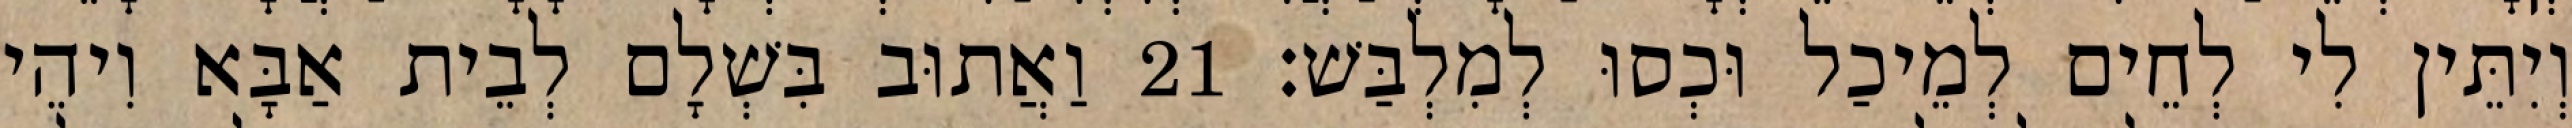
וְיִתֵּין לִי לְחֵים לְמֵיכַל וּכְסוּ לְמִלְבַּשׁ׃ 21 וַאֲתוּב בִּשְׁלָם לְבֵית אַבָּא וִיהֵי